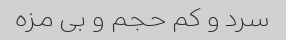
سرد و کم حجم و بى مزه